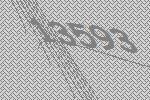
13593